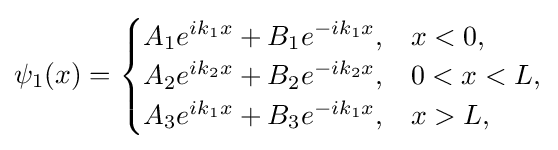
\psi _{1}(x)={\begin{cases}A_{1}e^{ik_{1}x}+B_{1}e^{-ik_{1}x},&x<0,\\A_{2}e^{ik_{2}x}+B_{2}e^{-ik_{2}x},&0<x<L,\\A_{3}e^{ik_{1}x}+B_{3}e^{-ik_{1}x},&x>L,\end{cases}}